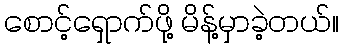
စောင့်ရှောက်ဖို့ မိန့်မှာခဲ့တယ်။